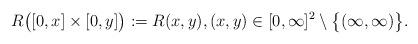
LaTeX: \begin{align*}R\bigl([0,x] \times[0,y]\bigr) := R(x,y), (x,y) \in[0,\infty]^2 \setminus \bigl\{(\infty,\infty)\bigr\}.\end{align*}